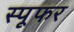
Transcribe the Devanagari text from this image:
स्पूफर